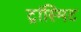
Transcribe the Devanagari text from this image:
ट्रांस्मिट